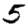
Digit: 5